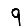
Digit: 9